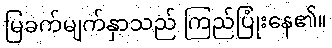
မြခက်မျက်နှာသည် ကြည်ပြုံးနေ၏။